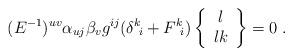
LaTeX: \begin{align*}(E^{-1})^{uv}\alpha_{uj}\beta_{v}g^{ij}(\delta^{k}\!_{i}+F^{k}\!_{i})\left\{\begin{array}{c}l \\lk\end{array}\right\}=0\; .\end{align*}